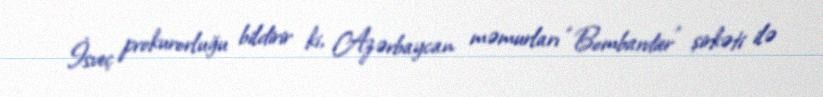
İsveç prokurorluğu bildirir ki, Azərbaycan məmurları “Bombardier” şirkəti ilə